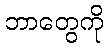
ဘာတွေကို